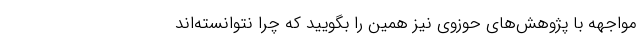
مواجهه با پژوهش‌های حوزوی نیز همین را بگویید که چرا نتوانسته‌اند